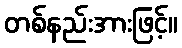
တစ်နည်းအားဖြင့်။